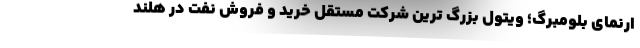
ارنمای بلومبرگ؛ ویتول بزرگ ترین شرکت مستقل خرید و فروش نفت در هلند